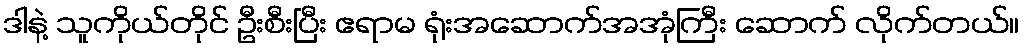
ဒါနဲ့ သူကိုယ်တိုင် ဦးစီးပြီး ဧရာမ ရုံးအဆောက်အအုံကြီး ဆောက် လိုက်တယ်။